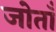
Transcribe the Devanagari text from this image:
जोताँ